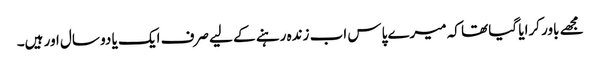
مجھے باور کرایا گیا تھا کہ میرے پاس اب زندہ رہنے کے لیے صرف ایک یا دو سال اور ہیں۔